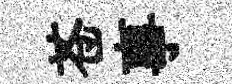
苍事